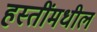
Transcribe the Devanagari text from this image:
हस्तींमधील